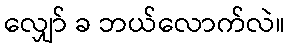
လျှော် ခ ဘယ်လောက်လဲ။